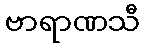
ဗာရာဏသီ